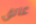
عاتق